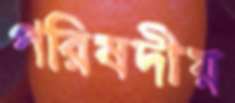
পরিষদীয়